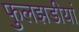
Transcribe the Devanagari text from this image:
फुलझडीयां